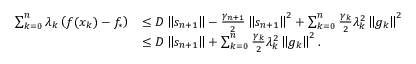
\begin{array} { r l } { \sum _ { k = 0 } ^ { n } \lambda _ { k } \left( f ( x _ { k } ) - f _ { * } \right) } & { \leq D \left\Vert s _ { n + 1 } \right\Vert - \frac { \gamma _ { n + 1 } } { 2 } \left\Vert s _ { n + 1 } \right\Vert ^ { 2 } + \sum _ { k = 0 } ^ { n } \frac { \gamma _ { k } } { 2 } \lambda _ { k } ^ { 2 } \left\Vert g _ { k } \right\Vert ^ { 2 } } \\ & { \le D \left\Vert s _ { n + 1 } \right\Vert + \sum _ { k = 0 } ^ { n } \frac { \gamma _ { k } } { 2 } \lambda _ { k } ^ { 2 } \left\Vert g _ { k } \right\Vert ^ { 2 } . } \end{array}